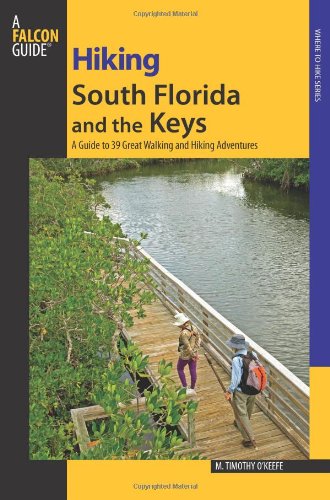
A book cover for Hiking South Florida and the Keys: A Guide To 39 Great Walking And Hiking Adventures (Regional Hiking Series); M. Timothy O'Keefe; Travel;